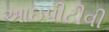
આઇપીટીવી